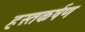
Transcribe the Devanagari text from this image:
हस्तकर्षण